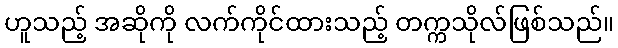
ဟူသည့် အဆိုကို လက်ကိုင်ထားသည့် တက္ကသိုလ်ဖြစ်သည်။